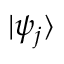
\textstyle | \psi _ { j } \rangle